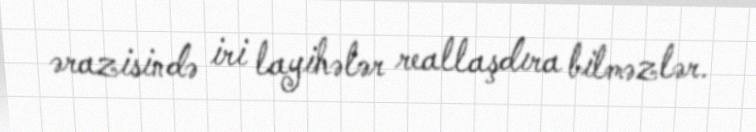
ərazisində iri layihələr reallaşdıra bilməzlər.